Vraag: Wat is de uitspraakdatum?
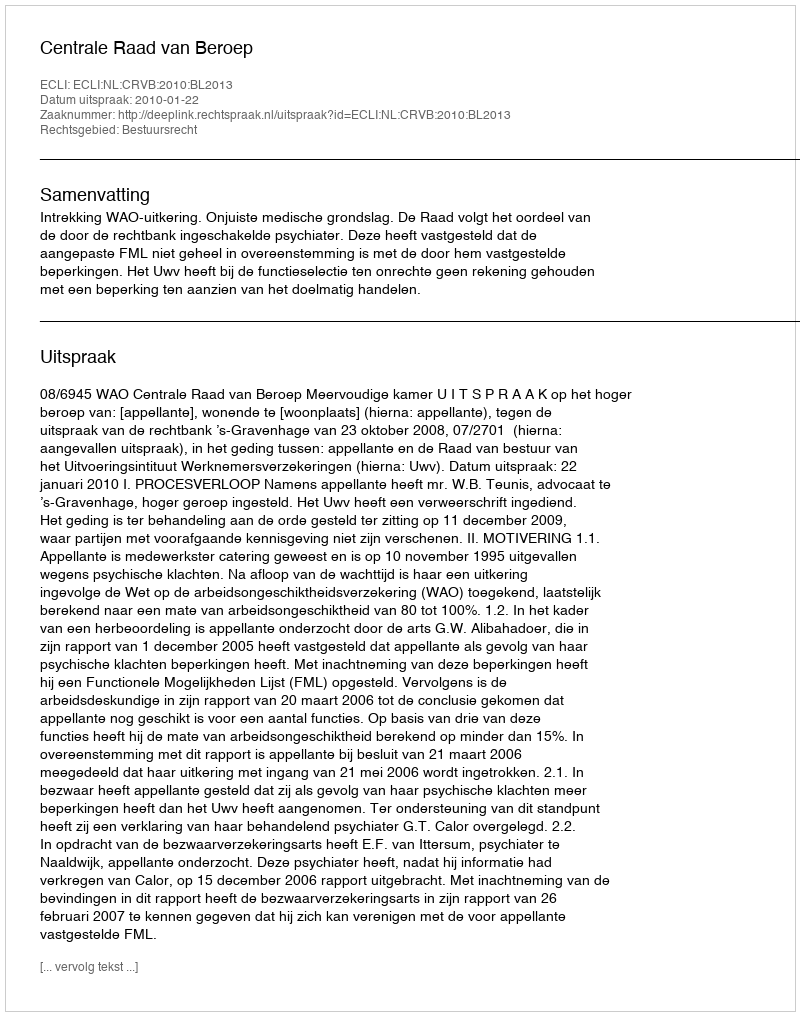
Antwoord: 2010-01-22